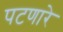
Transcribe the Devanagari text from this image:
पटणारे